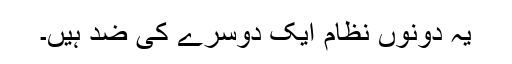
یہ دونوں نظام ایک دوسرے کی ضد ہیں۔